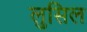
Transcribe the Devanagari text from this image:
लुसिल